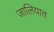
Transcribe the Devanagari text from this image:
जालियात